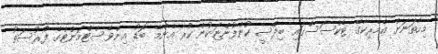
މިހާތަނަށް އެމެރިކާގެ ޓެކްސަސްގައި ބިދޭސީ ކުންފުންޏަކުން ކުރާ އެންމެ ބޮޑު އިންވެސްޓްމަންޓްގެ ފުރުސަތު